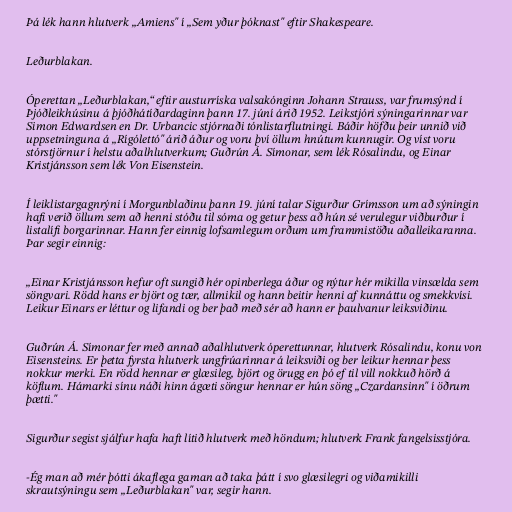
Þá lék hann hlutverk „Amiens" í „Sem yður þóknast" eftir Shakespeare.

Leðurblakan.

Óperettan „Leðurblakan,“ eftir austurríska valsakónginn Johann Strauss, var frumsýnd í
Þjóðleikhúsinu á þjóðhátíðardaginn þann 17. júní árið 1952. Leikstjóri sýningarinnar var
Simon Edwardsen en Dr. Urbancic stjórnaði tónlistarflutningi. Báðir höfðu þeir unnið við
uppsetninguna á „Rígólettó" árið áður og voru því öllum hnútum kunnugir. Og víst voru
stórstjörnur í helstu aðalhlutverkum; Guðrún Á. Símonar, sem lék Rósalindu, og Einar
Kristjánsson sem lék Von Eisenstein.

Í leiklistargagnrýni í Morgunblaðinu þann 19. júní talar Sigurður Grímsson um að sýningin
hafi verið öllum sem að henni stóðu til sóma og getur þess að hún sé verulegur viðburður í
listalífi borgarinnar. Hann fer einnig lofsamlegum orðum um frammistöðu aðalleikaranna.
Þar segir einnig:

„Einar Kristjánsson hefur oft sungið hér opinberlega áður og nýtur hér mikilla vinsælda sem
söngvari. Rödd hans er björt og tær, allmikil og hann beitir henni af kunnáttu og smekkvísi.
Leikur Einars er léttur og lifandi og ber það með sér að hann er þaulvanur leiksviðinu.

Guðrún Á. Símonar fer með annað aðalhlutverk óperettunnar, hlutverk Rósalindu, konu von
Eisensteins. Er þetta fyrsta hlutverk ungfrúarinnar á leiksviði og ber leikur hennar þess
nokkur merki. En rödd hennar er glæsileg, björt og örugg en þó ef til vill nokkuð hörð á
köflum. Hámarki sínu náði hinn ágæti söngur hennar er hún söng „Czardansinn" í öðrum
þætti."

Sigurður segist sjálfur hafa haft lítið hlutverk með höndum; hlutverk Frank fangelsisstjóra.

-Ég man að mér þótti ákaflega gaman að taka þátt í svo glæsilegri og viðamikilli
skrautsýningu sem „Leðurblakan" var, segir hann.